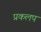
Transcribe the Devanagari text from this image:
प्रकलप